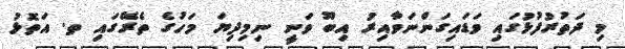
މި ދަތުރުފުޅުގައި ވަޑައިގަންނަވާއިރު އިބޫ ވަނީ ނިމިދިޔަ މަހުގެ ތެރޭގައި ތ. އަތޮޅު